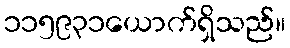
၁၁၅၉၃၁ယောက်ရှိသည်။